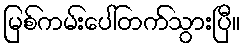
မြစ်ကမ်းပေါ်တက်သွားပြီ။